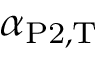
\alpha _ { \mathrm { P 2 , T } }